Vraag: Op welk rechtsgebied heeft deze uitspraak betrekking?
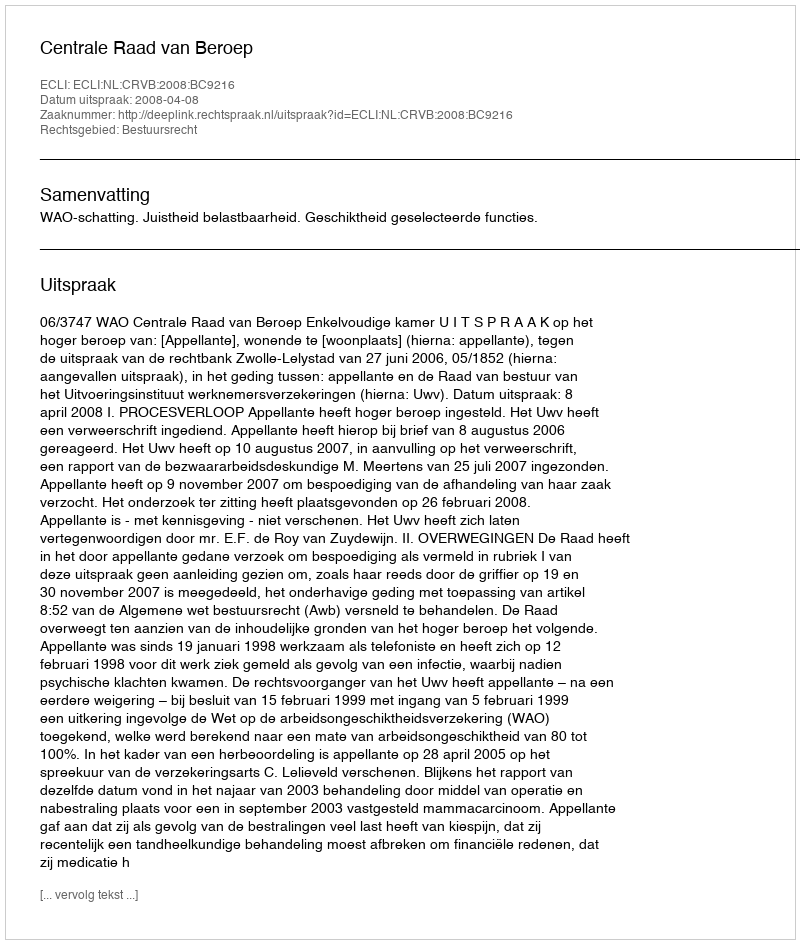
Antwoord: Bestuursrecht